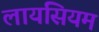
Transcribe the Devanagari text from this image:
लायसियम